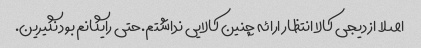
اصلا از دیجی کالا انتظار ارائه چنین کالایی نداشتم.حتی رایگانم بود نگیرین.